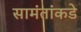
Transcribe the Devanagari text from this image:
सामंतांकडे